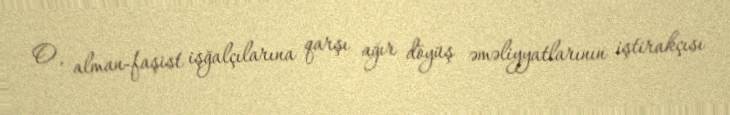
O, alman-faşist işğalçılarına qarşı ağır döyüş əməliyyatlarının iştirakçısı